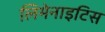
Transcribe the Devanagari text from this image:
लिमेनाइटिस